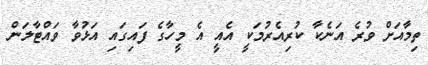
ތިމާއަށް ވުރެ އަނެކާ ކުރިއެރުމަކީ އެއީ އެ މީހާގެ ފައިގައި އަޅުވާ ވައްޓާލަން